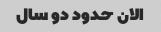
الان حدود دو سال